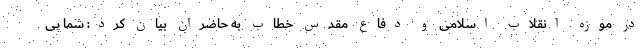
در موزه انقلاب اسلامی و دفاع مقدس خطاب به حاضران بیان کرد: شما پی